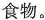
食物。